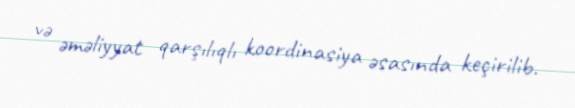
və əməliyyat qarşılıqlı koordinasiya əsasında keçirilib.